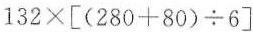
$$1 3 2 \times [ ( 2 8 0 + 8 0 ) \div 6 ]$$